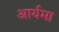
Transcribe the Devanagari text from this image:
आर्यमा